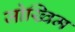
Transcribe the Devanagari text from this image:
जोख्विम